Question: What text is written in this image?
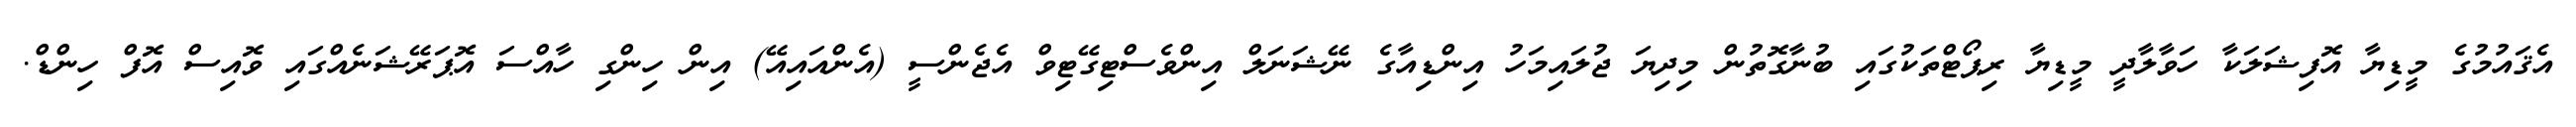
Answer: އެޤައުމުގެ މީޑިޔާ އޮފިޝަލަކާ ހަވާލާދީ މީޑިޔާ ރިޕޯޓްތަކުގައި ބުނާގޮތުން މިދިޔަ ޖުލައިމަހު އިންޑިއާގެ ނޭޝަނަލް އިންވެސްޓިގޭޓިވް އެޖެންސީ (އެންއައިއޭ) އިން ހިންގި ހާއްސަ އޮޕަރޭޝަނެއްގައި ވޮއިސް އޮފް ހިންޑް.